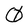
Character: 0